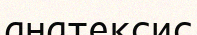
анатексис